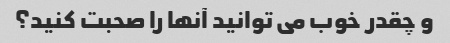
و چقدر خوب می توانید آنها را صحبت کنید؟